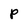
Character: P